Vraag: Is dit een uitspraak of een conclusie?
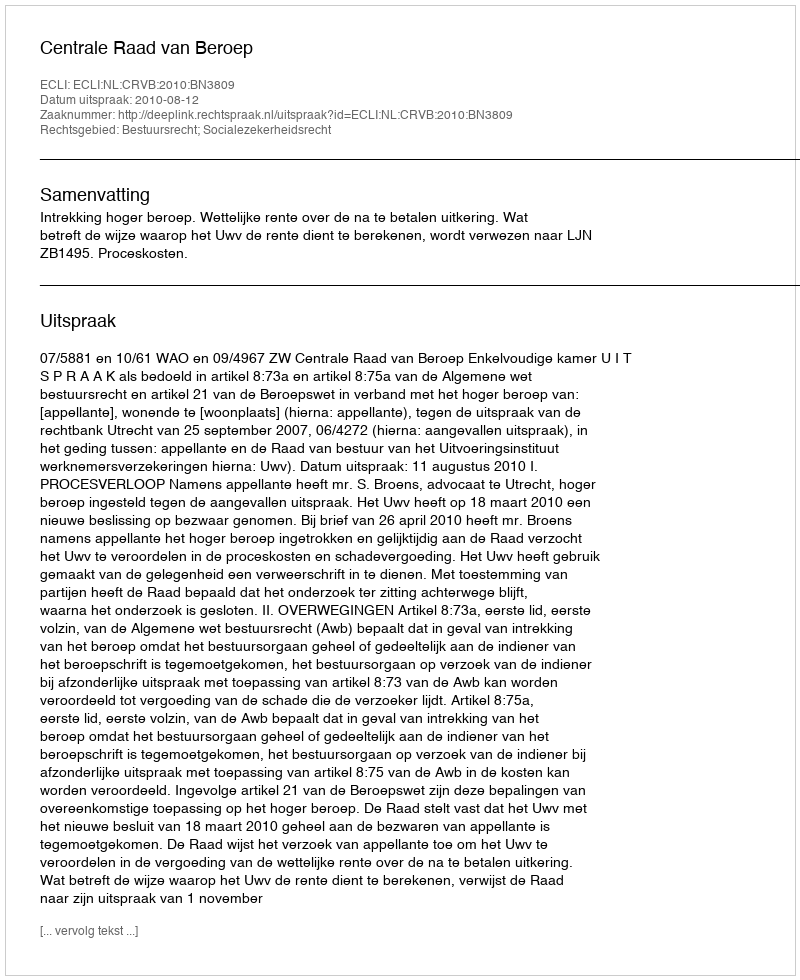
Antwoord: Uitspraak